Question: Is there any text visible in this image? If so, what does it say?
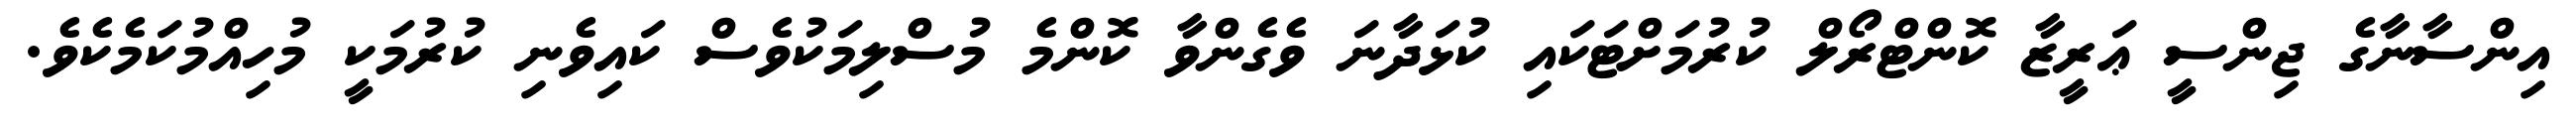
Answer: އިންސާނާގެ ޖިންސީ ޢަރީޒާ ކޮންޓްރޯލް ކުރުމަށްޓަކައި ކުޅަދާނަ ވެގެންވާ ކޮންމެ މުސްލިމަކުވެސް ކައިވެނި ކުރުމަކީ މުހިއްމުކަމެކެވެ.